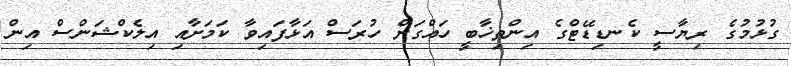
ގުޅުމުގެ ރިޔާސީ ކެނޑިޑޭޓްގެ އިންތިޚާބީ ހައްގަށް ހުރަސް އަޅާފައިވާ ކަމަށާއި އިލެކްޝަންސް އިން